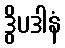
ဒွိပဒါနံ